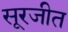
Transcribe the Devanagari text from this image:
सूरजीत